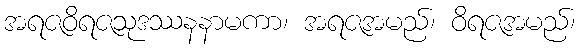
အရဇဝိရဇသုဒဿနနာမကာ၊ အရဇအမည်၊ ဝိရဇအမည်၊